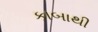
કાબાથી